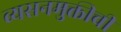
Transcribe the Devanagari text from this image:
व्यसनमुक्तीची